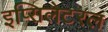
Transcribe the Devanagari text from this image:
इप्सिलेटरल